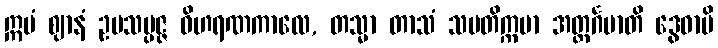
ဣမံ ဈာနံ ဥပသမ္ပဇ္ဇ ဝိဟရဏကာလေ, တသ္မာ တာသံ သမတိက္ကမာ အတ္ထင်္ဂမာတိ ဒွေဓာပိ